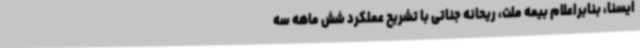
ایسنا، بنابراعلام بیمه ملت، ریحانه جناتی با تشریح عملکرد شش ماهه سه